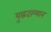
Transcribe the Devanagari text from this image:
युद्धदरम्यान